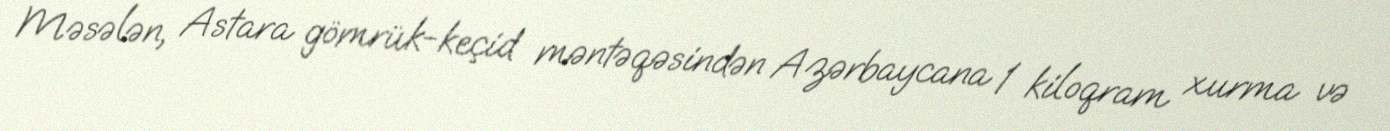
Məsələn, Astara gömrük-keçid məntəqəsindən Azərbaycana 1 kiloqram xurma və